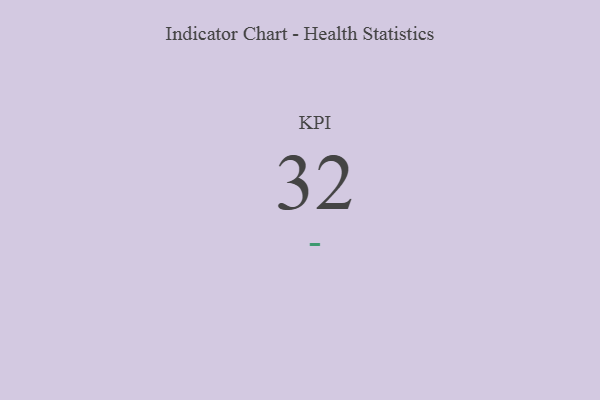
{"axis": {"x": "KPI", "y": "Value"}, "legend": [""], "data": [{"x": "KPI", "y": 32, "type": ""}]}